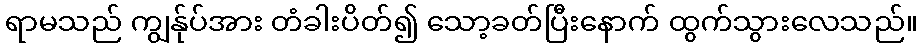
ရာမသည် ကျွန်ုပ်အား တံခါးပိတ်၍ သော့ခတ်ပြီးနောက် ထွက်သွားလေသည်။